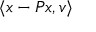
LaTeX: \langle x - P x , v \rangle